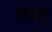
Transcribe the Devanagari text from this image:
सबदु